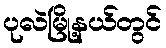
ပုလဲမြို့နယ်တွင်